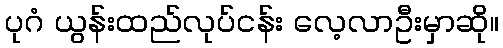
ပုဂံ ယွန်းထည်လုပ်ငန်း လေ့လာဦးမှာဆို။